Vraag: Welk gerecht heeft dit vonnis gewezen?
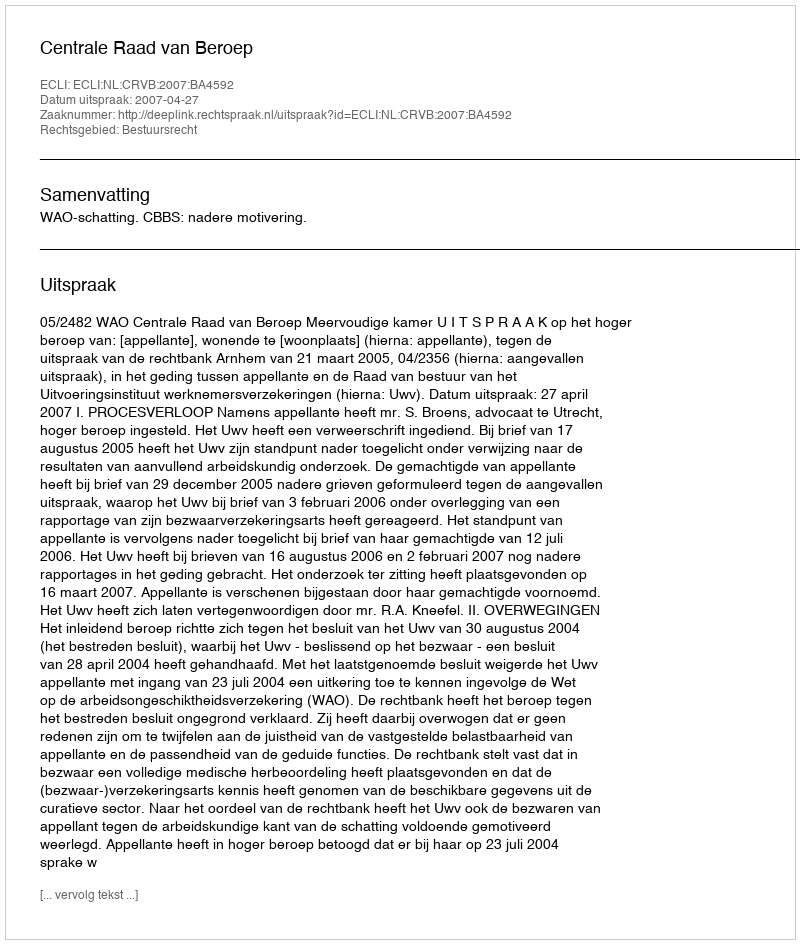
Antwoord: Centrale Raad van Beroep